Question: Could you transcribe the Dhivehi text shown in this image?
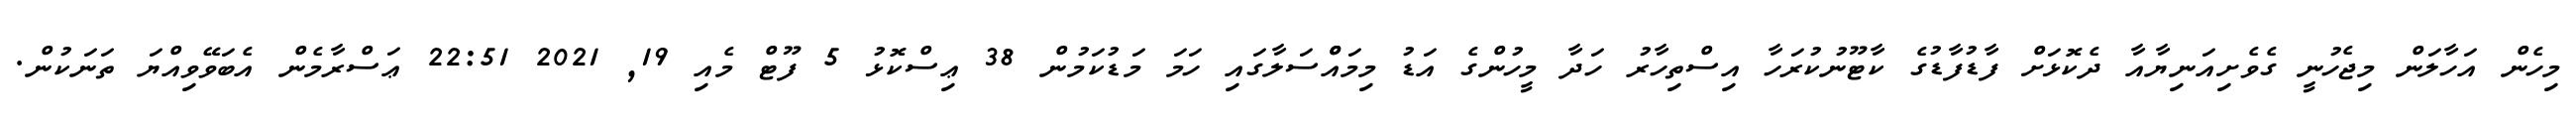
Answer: މިހެން އަހާލަން މިޖެހުނީ ގެވެށިއަނިޔާއާ ދެކޮޅަށް ފާޑުފާޑުގެ ކާޓޫނުކުރަހާ އިސްތިހާރު ހަދާ މީހުންގެ އަޑު މިމައްްސަލާގައި ހަމަ މަޑުކަމުން 38 ޢިސްކޮޅު 5 ފޫޓް މެއި 19, 2021 22:51 ޢަސްރާމެން އެބަވޭވިއްޔަ ތަނަކުން.